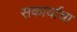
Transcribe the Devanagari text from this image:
सकार्याचा